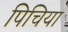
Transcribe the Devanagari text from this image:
पिचिया